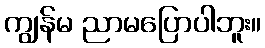
ကျွန်မ ညာမပြောပါဘူး။